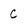
Character: C